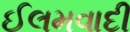
ઈલમવાદી